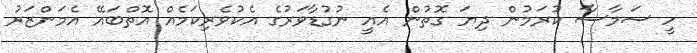
ހީ ސަމާސާ ކުރަމުން ދިޔަ ގޮތުން އެއީ ނުގުޑާވަރުގެ އެކުވެރިކަމެއް އޮތްބައޭ އެމަންޒަރު